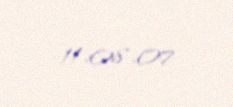
11.08.07